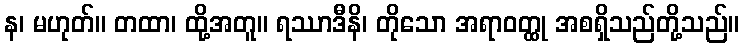
န၊ မဟုတ်။ တထာ၊ ထို့အတူ။ ရဿာဒီနိ၊ တိုသော အရာဝတ္ထု အစရှိသည်တို့သည်။